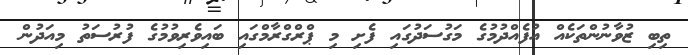
ތިބި ޒުވާނުންތަކެއް އުފެއްދުމުގެ މަގުސަދުގައި ފެށި މި ޕްރްގްރާމްގައި ބައިވެރިވުމުގެ ފުރުސަތު މިއަދުން